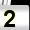
Digit: 2